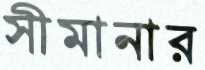
সীমানার